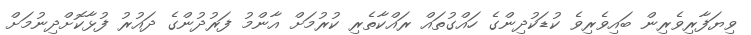
ވިޔަފާރިވެރިން ބައިވެރިވެ ކުޑަކުދިންގެ ހައްގުތައް ރައްކާތެރި ކުރުމަށް އާންމު ފަރުދުންގެ ދައުރު ފުޅާކޮށްދިނުމަށް